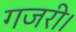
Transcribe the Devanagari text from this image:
गजरी।